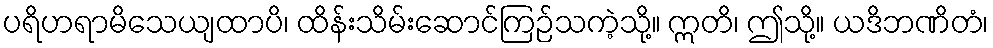
ပရိဟရာမိသေယျထာပိ၊ ထိန်းသိမ်းဆောင်ကြဉ်သကဲ့သို့။ ဣတိ၊ ဤသို့။ ယဒိဘဏိတံ၊